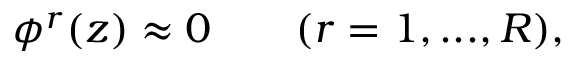
\phi ^ { r } ( z ) \approx 0 \qquad ( r = 1 , . . . , R ) ,